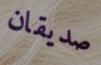
صديقان